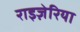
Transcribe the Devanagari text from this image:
राइज़ेरिया